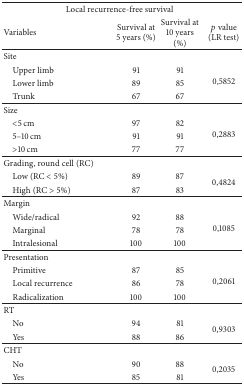
| <COLSPAN=4> Local recurrence-free survival |
 | Variables | Survival at 5 years (%) | Survival at 10 years (%) | p value (LR test) |
 | --- | --- | --- | --- |
 | Site | <COLSPAN=3>  |
 | Upper limb | 91 | 91 | <ROWSPAN=3> 0,5852 |
 | Lower limb | 89 | 85 |
 | Trunk | 67 | 67 |
 | Size | <COLSPAN=3>  |
 | <5 cm | 97 | 82 | <ROWSPAN=3> 0,2883 |
 | 5–10 cm | 91 | 91 |
 | >10 cm | 77 | 77 |
 | Grading, round cell (RC) | <COLSPAN=3>  |
 | Low (RC < 5%) | 89 | 87 | <ROWSPAN=2> 0,4824 |
 | High (RC > 5%) | 87 | 83 |
 | Margin | <COLSPAN=3>  |
 | Wide/radical | 92 | 88 | <ROWSPAN=3> 0,1085 |
 | Marginal | 78 | 78 |
 | Intralesional | 100 | 100 |
 | Presentation | <COLSPAN=3>  |
 | Primitive | 87 | 85 | <ROWSPAN=3> 0,2061 |
 | Local recurrence | 86 | 78 |
 | Radicalization | 100 | 100 |
 | RT | <COLSPAN=3>  |
 | No | 94 | 81 | <ROWSPAN=2> 0,9303 |
 | Yes | 88 | 86 |
 | CHT | <COLSPAN=3>  |
 | No | 90 | 88 | <ROWSPAN=2> 0,2035 |
 | Yes | 85 | 81 |